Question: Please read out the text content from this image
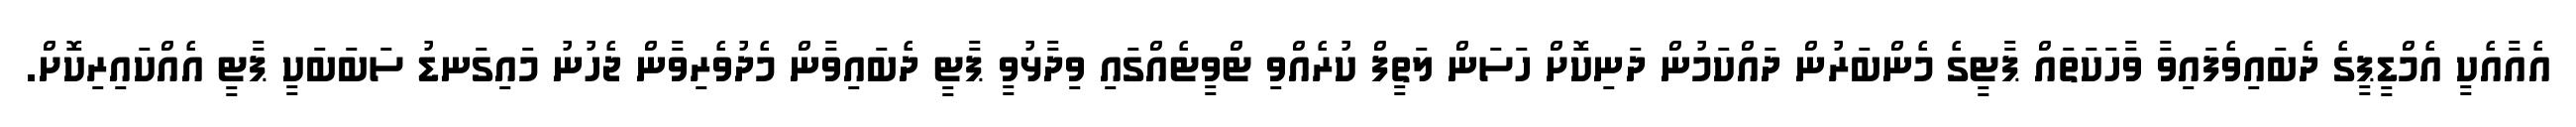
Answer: އެއާއެކީ އެމްޑީޕީގެ ދެބައިވެފައިވާ ވާހަކަތައް ޕާޓީގެ މެންބަރުން ދައްކަމުން ދަނިކޮށް ހަސަން ލަތީފް ކުރެއްވި ޓްވީޓެއްގައި ވިދާޅުވީ ޕާޓީ ދެބައިވާން މެދުވެރިވާން ޖެހުނު މައިގަނޑު ސަބަބަކީ ޕާޓީ އެއްކައިރިކޮށް.